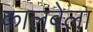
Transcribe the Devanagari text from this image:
कालबेला